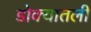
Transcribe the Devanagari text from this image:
डोक्यातली